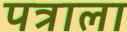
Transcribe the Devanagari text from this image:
पत्राला